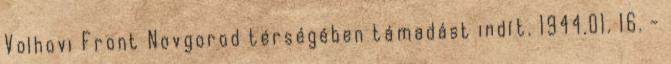
Volhovi Front Novgorod térségében támadást indít. 1944.01. 16. -